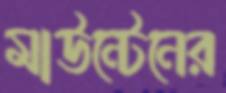
মাউন্টেনের